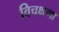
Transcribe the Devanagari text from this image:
विचक्षणा